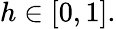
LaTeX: h\in[0,1].